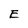
Character: E